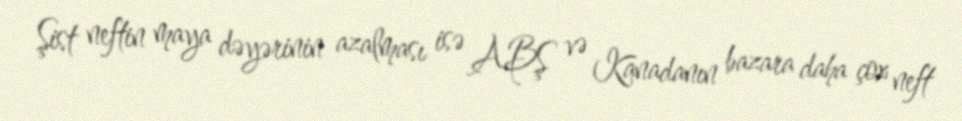
Şist neftin maya dəyərinin azalması isə ABŞ və Kanadanın bazara daha çox neft